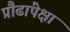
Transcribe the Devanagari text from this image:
प्रौढांपेक्षा